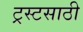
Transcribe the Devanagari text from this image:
ट्रस्टसाठी